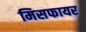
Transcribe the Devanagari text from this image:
मिसफायर